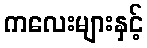
ကလေးများနှင့်